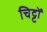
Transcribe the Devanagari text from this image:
चिट्टों